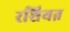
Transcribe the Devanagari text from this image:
रशियऩ